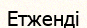
Етженді